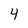
Character: 4